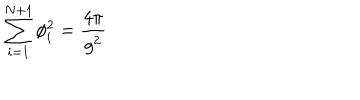
LaTeX: \sum _ { i = 1 } ^ { N + 1 } \phi _ { i } ^ { 2 } = { \frac { 4 \pi } { g ^ { 2 } } } \, \cdotp